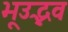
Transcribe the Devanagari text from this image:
भूउद्भव